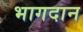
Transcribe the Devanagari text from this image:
भागदान